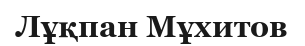
Лұқпан Мұхитов